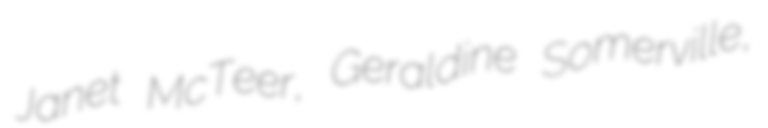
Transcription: Janet McTeer, Geraldine Somerville,